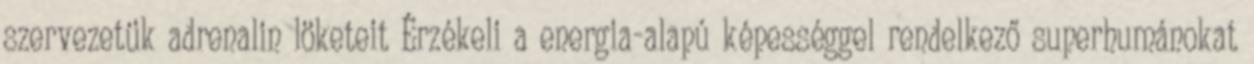
szervezetük adrenalin löketeit Érzékeli a energia-alapú képességgel rendelkező superhumánokat